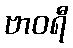
ဗာဝရီ